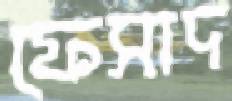
ফেসাদ